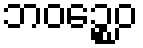
ဘဝဉ္စေဝ